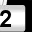
Digit: 2